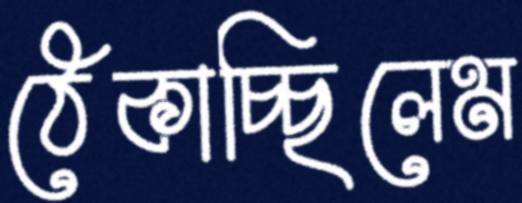
ঠেকাচ্ছিলেম